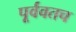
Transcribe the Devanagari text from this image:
पूर्ववतच